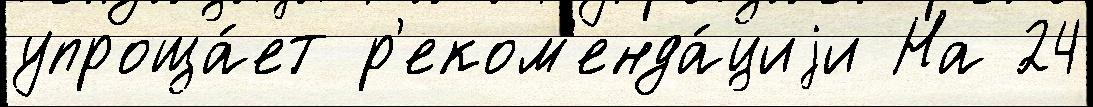
упроща́ет р'еком'енда́циjи На 24